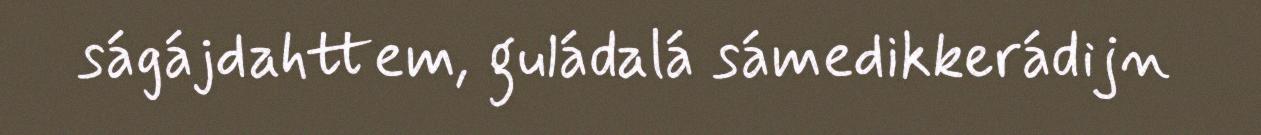
ságájdahttem, guládalá sámedikkerádijn